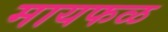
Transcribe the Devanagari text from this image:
मायफळ